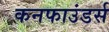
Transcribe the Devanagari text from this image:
कनफाउंडर्स